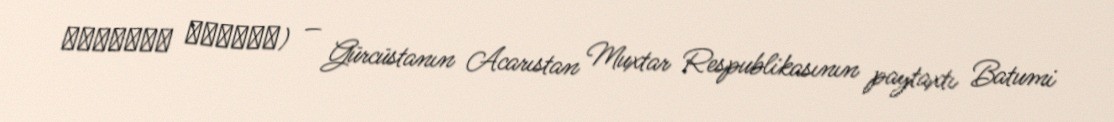
ბათუმის მეჩეთი) — Gürcüstanın Acarıstan Muxtar Respublikasının paytaxtı Batumi